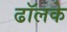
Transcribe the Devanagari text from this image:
ढॉलके